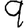
Digit: 9